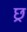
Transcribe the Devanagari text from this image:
छ्र